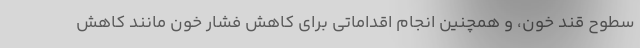
سطوح قند خون، و همچنین انجام اقداماتی برای کاهش فشار خون مانند کاهش